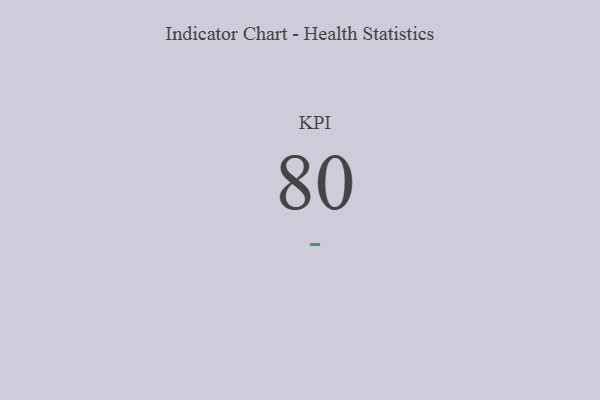
{"axis": {"x": "KPI", "y": "Value"}, "legend": [""], "data": [{"x": "KPI", "y": 80, "type": ""}]}